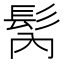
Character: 𩬀